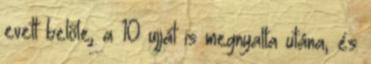
evett belőle, a 10 ujját is megnyalta utána, és